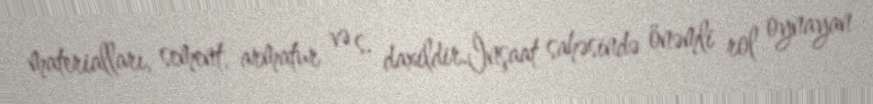
materialları, sement, armatur və s. daxildir.İnşaat sahəsində önəmli rol oynayan